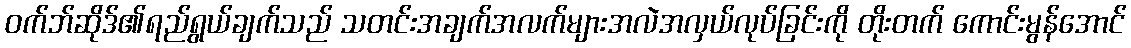
ဝက်ဘ်ဆိုဒ်၏ရည်ရွယ်ချက်သည် သတင်းအချက်အလက်များအလဲအလှယ်လုပ်ခြင်းကို တိုးတက် ကောင်းမွန်အောင်